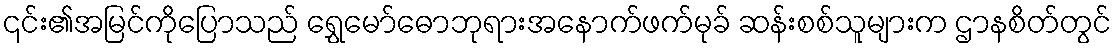
၎င်း၏အမြင်ကိုပြောသည် ရွှေမော်ဓောဘုရားအနောက်ဖက်မုခ် ဆန်းစစ်သူများက ဌာနစိတ်တွင်